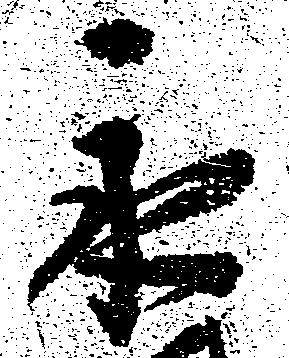
永